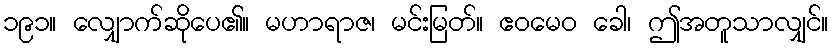
၁၉၁။ လျှောက်ဆိုပေ၏။ မဟာရာဇ၊ မင်းမြတ်။ ဧဝမေဝ ခေါ၊ ဤအတူသာလျှင်။